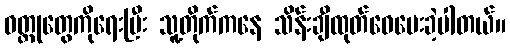
ဝတ္ထုတွေကိုရေးပြီး သူ့တိုက်ကနေ သိန်းချီထုတ်ဝေပေးခဲ့ပါတယ်။